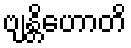
ဗျန္တိဟောတိ